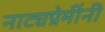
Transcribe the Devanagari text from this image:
नाट्यप्रेमींनी